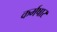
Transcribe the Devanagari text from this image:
कर्मषार